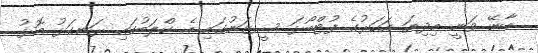
މާނޭ ވަނީ މިދިޔަ އަހަރުގެ ފުޓްބޯޅަ ސީޒަނުގައި އެ ކްލަބުގައި ރަނގަޅު މޮޅު